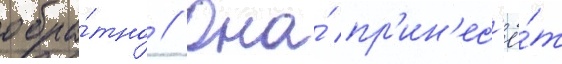
обра́тно // Она́ пр'ин'ес'ё́т